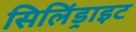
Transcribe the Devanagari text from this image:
सिलिंड्राइट